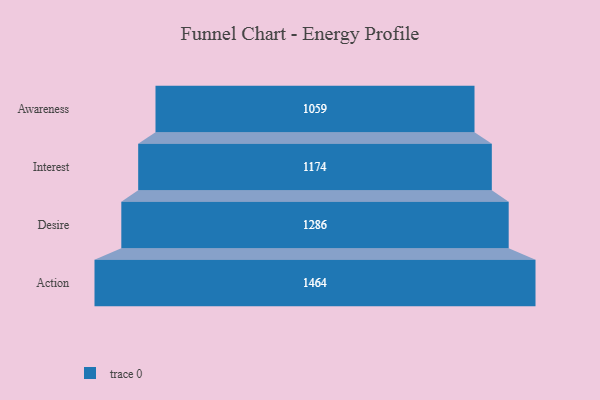
{"axis": {"x": "Stage", "y": "Value"}, "legend": [""], "data": [{"x": "Awareness", "y": 1059.0, "type": ""}, {"x": "Interest", "y": 1174.0, "type": ""}, {"x": "Desire", "y": 1286.0, "type": ""}, {"x": "Action", "y": 1464.0, "type": ""}]}